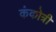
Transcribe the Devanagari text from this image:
कंकोत्री